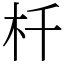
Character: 杄